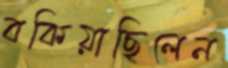
বকিয়াছিলেন